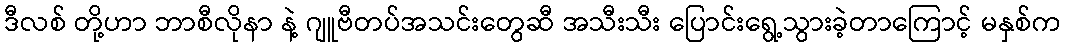
ဒီလစ် တို့ဟာ ဘာစီလိုနာ နဲ့ ဂျူဗီတပ်အသင်းတွေဆီ အသီးသီး ပြောင်းရွေ့သွားခဲ့တာကြောင့် မနှစ်က